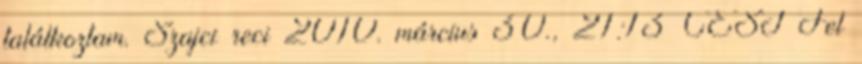
találkoztam. Szajci reci 2010. március 30., 21:13 CEST Fel